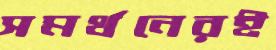
সমর্থনেরই